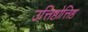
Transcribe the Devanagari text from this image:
उत्तिष्ठोत्तिष्ठ